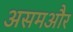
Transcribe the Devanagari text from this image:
असमऔर